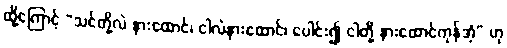
ထို့ကြောင့် “သင်တို့လဲ နားထောင်၊ ငါလဲနားထောင်၊ ပေါင်း၍ ငါတို့ နားထောင်ကုန်အံ့” ဟု